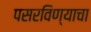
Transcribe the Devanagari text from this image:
पसरविण्याचा